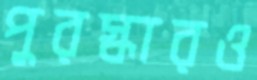
পুরস্কারও